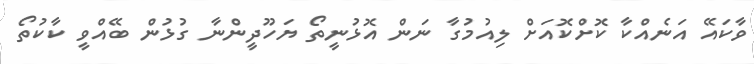
ވާކައޭ އަނެއްކާ ކޮށްކޮއަށް ލިއުމުގާ ނަން އޮޅުނީތޯ ޔަހޫދީންނާ ގުޅުން ބޭއްވީ ކާކުތޯ